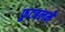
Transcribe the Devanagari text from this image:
फुटबलमे